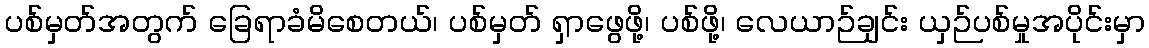
ပစ်မှတ်အတွက် ခြေရာခံမိစေတယ်၊ ပစ်မှတ် ရှာဖွေဖို့၊ ပစ်ဖို့၊ လေယာဉ်ချင်း ယှဉ်ပစ်မှုအပိုင်းမှာ